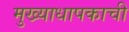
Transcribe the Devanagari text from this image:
मुख्याधापकाची